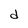
Character: d